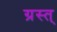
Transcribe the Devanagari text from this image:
ग्रस्त्